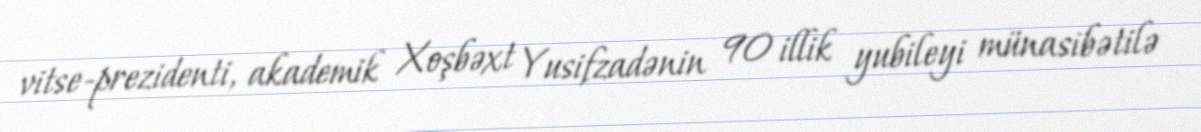
vitse-prezidenti, akademik Xoşbəxt Yusifzadənin 90 illik yubileyi münasibətilə